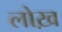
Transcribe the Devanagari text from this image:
लोख़